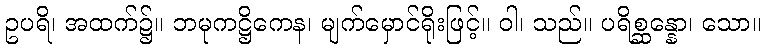
ဥပရိ၊ အထက်၌။ ဘမုကဋ္ဌိကေန၊ မျက်မှောင်ရိုးဖြင့်။ ဝါ၊ သည်။ ပရိစ္ဆန္နော၊ သော။